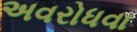
અવરોધવા